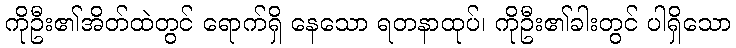
ကိုဦး၏အိတ်ထဲတွင် ရောက်ရှိ နေသော ရတနာထုပ်၊ ကိုဦး၏ခါးတွင် ပါရှိသော